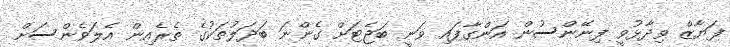
ފަޔާޒް ވިދާޅުވީ ފިނޭންސުން އަންގާފައި ވަނީ ބަޖެޓަށް ގެންނަ ބަދަލުތަކުގެ ތެރެއިން އެލަވެންސަށް